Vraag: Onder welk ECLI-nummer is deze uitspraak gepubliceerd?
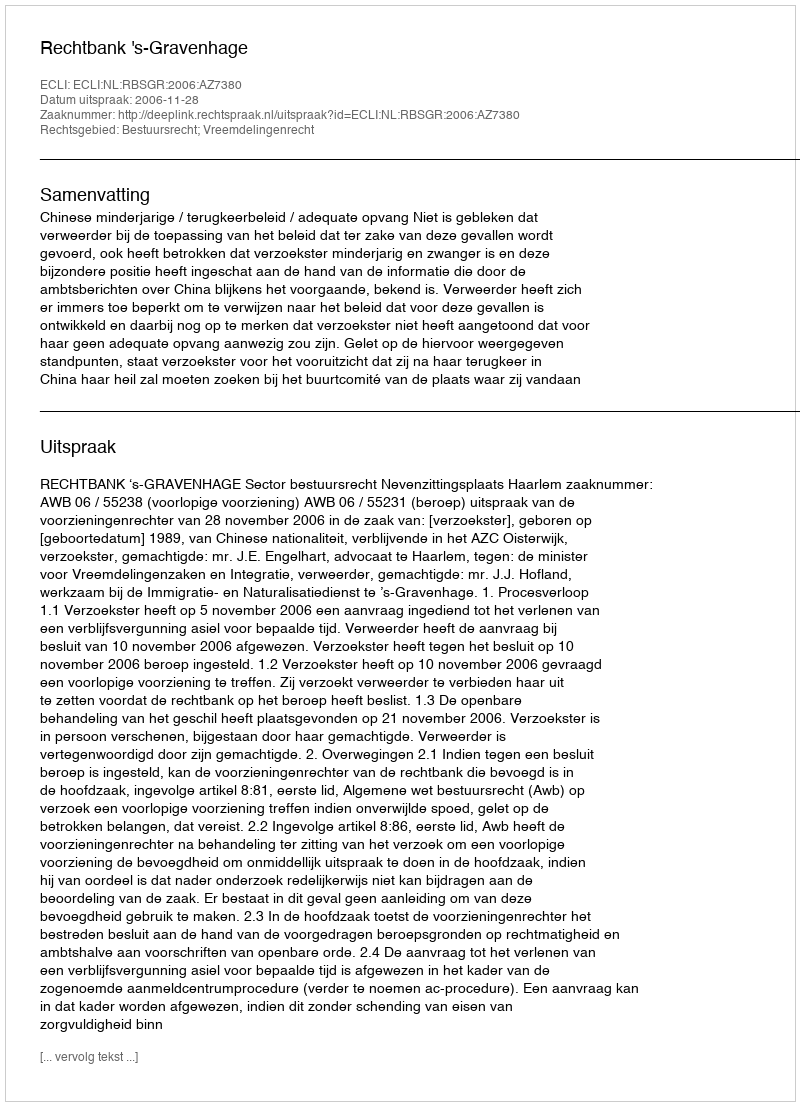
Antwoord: ECLI:NL:RBSGR:2006:AZ7380